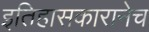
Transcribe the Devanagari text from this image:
इतिहासकारानेच